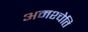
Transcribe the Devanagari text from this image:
अमश्चेति